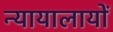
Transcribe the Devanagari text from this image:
न्यायालायों